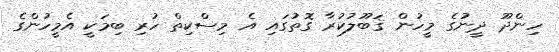
ހިންދޫ ދީނުގެ މީހުން ޤަބޫލުކުރާ ގޮތުގައި އެ މިސްކިތް ހުރި ބިމަކީ އެމީހުންގެ